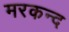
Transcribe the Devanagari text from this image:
मरकन्द